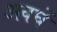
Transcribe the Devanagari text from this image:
अवघें